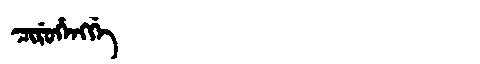
Manchu: ᠴᡳᡵᡠᡥᡝᠩᡤᡝ
Romanization: CIRUHENGGE